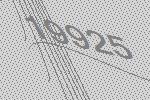
19925